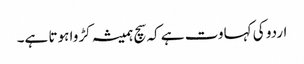
اردو کی کہاوت ہے کہ سچ ہمیشہ کڑوا ہوتا ہے۔